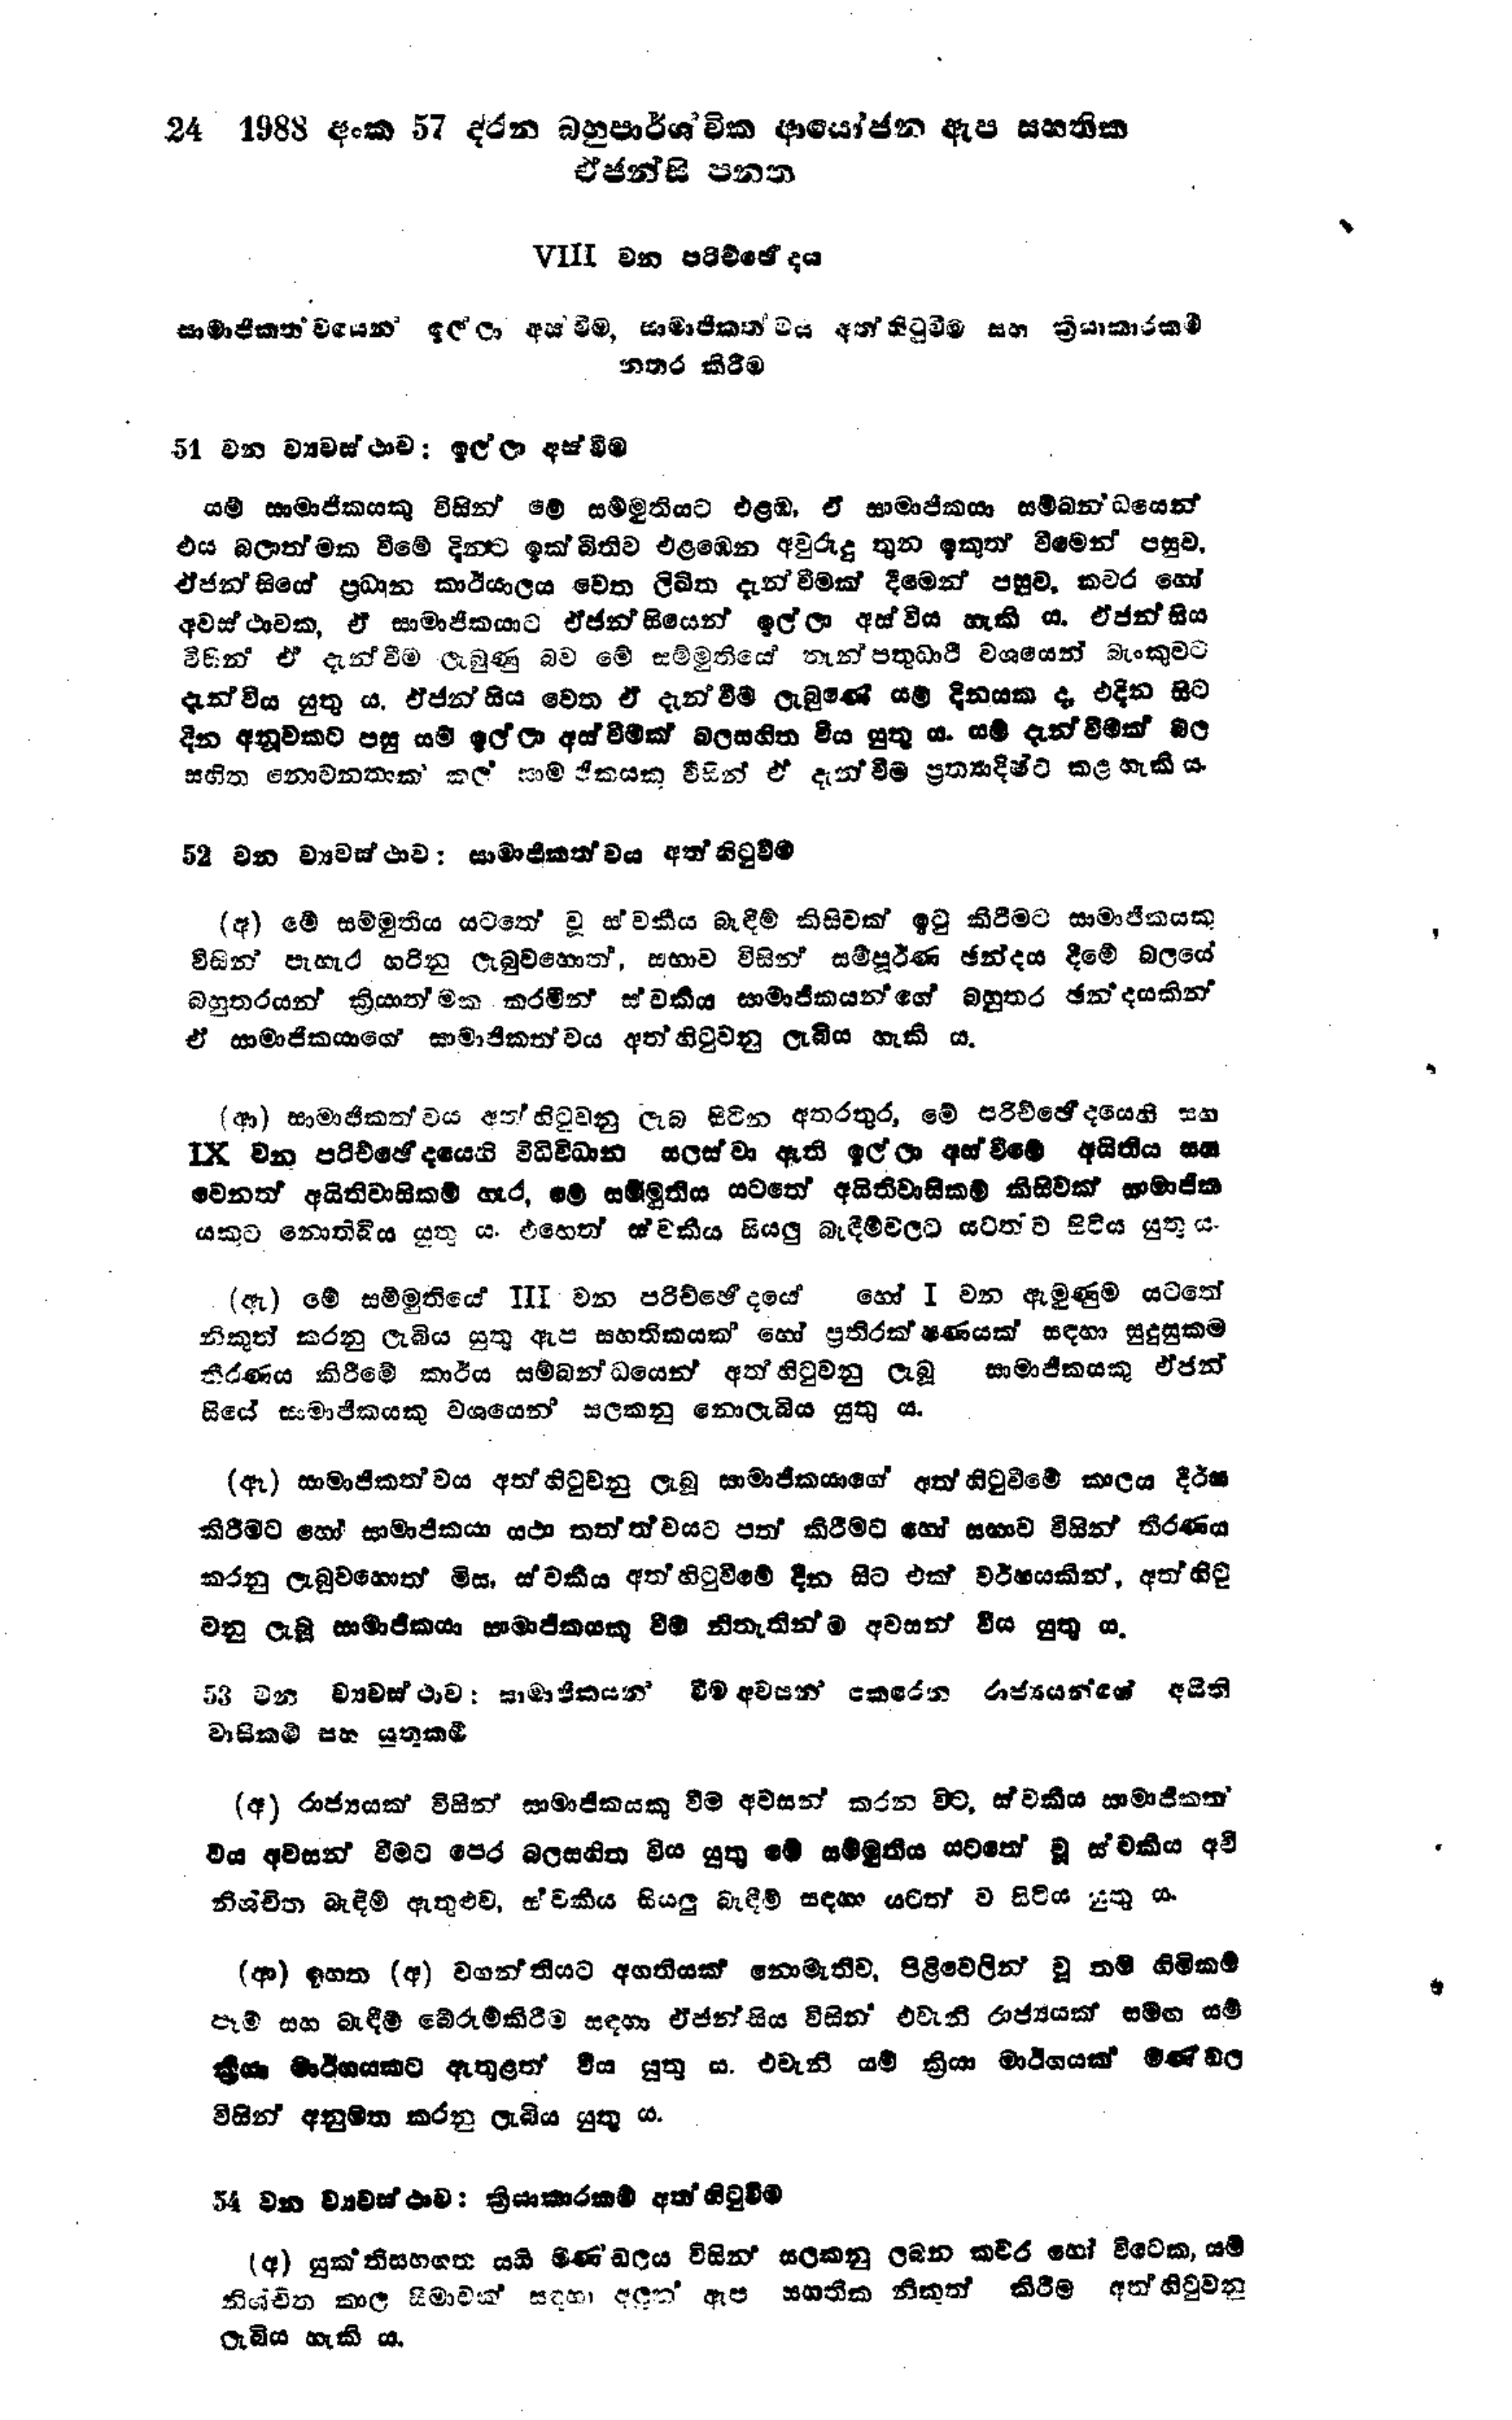
24 1988 අංක 57 දරන බහුපාර්ශ්වික ආයෝජන ඇප සහතික
ඒජන්සි පනත

VIII වන පරිච්ජේදය

සාමාජිකත්වයෙන් ඉල්ලා අස්වීම, සාමාජිකත්වය අත්හිටුවීම සහ ක්‍රියාකාරකම්
නතර කිරීම

51 වන ව්‍යවස්ථාව : ඉල්ලා අස්වීම

යම් සාමාජිකයකු විසින් මේ සම්මුතියට එළඹ, ඒ සාමාජිකයා සම්බන්ධයෙන්
එය බලාත්මක වීමේ දිනට ඉක්බිතිව එළඹෙන අවුරුදු තුන ඉකුත් වීමෙන් පසුව,
ඒජන්සියේ ප්‍රධාන කාර්යාලය වෙත ලිඛිත දැන්වීමක් දීමෙන් පසුව කවර හෝ
අවස්ථාවක, ඒ සාමාජිකයාට ඒජන්සියෙන් ඉල්ලා අස්විය හැකි ය. ඒජන්සිය
විසින් ඒ දැන්වීම ලැබුණු බව මේ සම්මුතියේ තැන්පතුධාරී වශයෙන් බැංකුවට
දැන්විය යුතු ය. ඒජන්සිය වෙත ඒ දැන්වීම් ලැබුණේ යම් දිනයක ද, එදින සිට
දින අනුවකට පසු සම් ඉල්ලා අස් වීමක් බලසහිත විය යුතු ය. යම් දැන්වීමක් බල
සහිත නොවනතාක් කල් සාමජිකයකු විසින් ඒ දැන්වීම ප්‍රත්‍යාදිෂ්ට කළ හැකි ය.

52 වන ව්‍යවස්ථාව: සාමාජිකත්වය අත්හිටුවීම

(අ) මේ සම්මුතිය යටතේ වූ ස්වකීය බැඳීම් කිසිවක් ඉටු කිරීමට සාමාජිකයකු
විසින් පැහැර හරිනු ලැබුවහොත්, සභාව විසින් සම්පුර්ණ ඡන්දය දීමේ බලයේ
බහුතරයන් ක්‍රියාත්මක කරමින් ස්වකීය සාමාජිකයන්ගේ බහුතර ඡන්දයකින්
ඒ සාමාජිකයාගේ සාමාජිකත්වය අත් හිටුවනු ලැබිය හැකි ය.

(ආ) සාමාජිකත්වය අත්හිටුවනු ලැබ සිටින අතරතුර, මේ පරිච්ඡේදයෙහි සහ
IX වන පරිච්ඡේදයෙහි විධිවිධාන සලස්වා ඇති ඉල්ලා අස් වීමේ අයිතිය සහ
වෙනත් අයිතිවාසිකම් හැර, මේ සම්මුතිය යටතේ අයිතිවාසිකම් කිසිවක් සාමාජික
යකුට නොතිබිය යුතු ය. එහෙත් ස්වකීය සියලු බැඳීම් වලට යටත්ව සිටිය යුතු ය.

(ඇ) මේ සම්මුතියේ Ⅲ වන පරිච්ඡේදයේ හෝ I වන ඇමුණුම යටතේ
නිකුත් කරනු ලැබිය යුතු ඇප සහතිකයක් හෝ ප්‍රතිරක්ෂණයක් සඳහා සුදුසුකම
තීරණය කිරීමේ කාර්ය සම්බන්ධයෙන් අත් හිටුවනු ලැබූ සාමාජිකයකු ඒජන්
සියේ සාමාජිකයකු වශයෙන් සලකනු නොලැබිය යුතු ය

(ඈ) සාමාජිකත්වය අත්හිටුවනු ලැබූ සාමාජිකයාගේ අත්හිටුවීමේ කාලය දීර්ඝ
කිරීමට හෝ සාමාජිකයා යථාතත්වයට පත් කිරීමට හෝ සභාව විසින් තීරණය
කරනු ලැබුවහොත් මිස ස්වකීය අත්හිටුවීමේ දින සිට එක් වර්ෂයකින්, අත්හිටු
වනු ලැබූ සාමාජිකයා සාමාජිකයකු වීම නිතැතින්ම අවසන් විය යුතු ය.

53 වන ව්‍යවස්ථාව : සාමාජිකයන් වීම අවසන් කරෙන රාජ්‍යයන්ගේ අයිති
වාසිකම් සහ යුතුකම්

(අ) රාජ්‍යයක් විසින් සාමාජිකයෙකු වීම අවසන් කරන විට, ස්වකීය සාමාජිකත්
විය අවසන් වීමට පෙර බල සහිත විය යුතු මේ සම්මුතිය යටතේ වූ ස්වකීය අවි
නිශ්චිත බැඳීම් ඇතුළුව, ස්වකීය සියලු බැඳීම් සඳහා යටත්ව සිටිය යුතු ය.

(ආ) ඉහත (අ) වගන්තියට අගතියක් නොමැතිව, පිළිවෙලින් වූ නම් හිමිකම්
පෑම් සහ බැඳීම් බේරුම් කිරීම සඳහා ඒජන්සිය විසින් එවැනි රාජ්‍යයක් සමග යම්
ක්‍රියා මාර්ගයකට ඇතුළත් විය යුතු ය. එවැනි යම් ක්‍රියා මාර්ගයක් මණ්ඩල
විසින් අනුමත කරනු ලැබිය යුතු ය.

54 වන ව්‍යවස්ථාව: ක්‍රියාකාරකම් අත්හිටුවීම

(අ) යුක්තිසහගත යයි මණ්ඩලය විසින් සලකනු ලබන කවර හෝ විටෙක, යම්
නිශ්චිත කාල සීමාවක් සඳහා අලුත් ඇප සහතික නිකුත් කිරිම අත්හිටුවනු
ලැබිය හැකි ය.